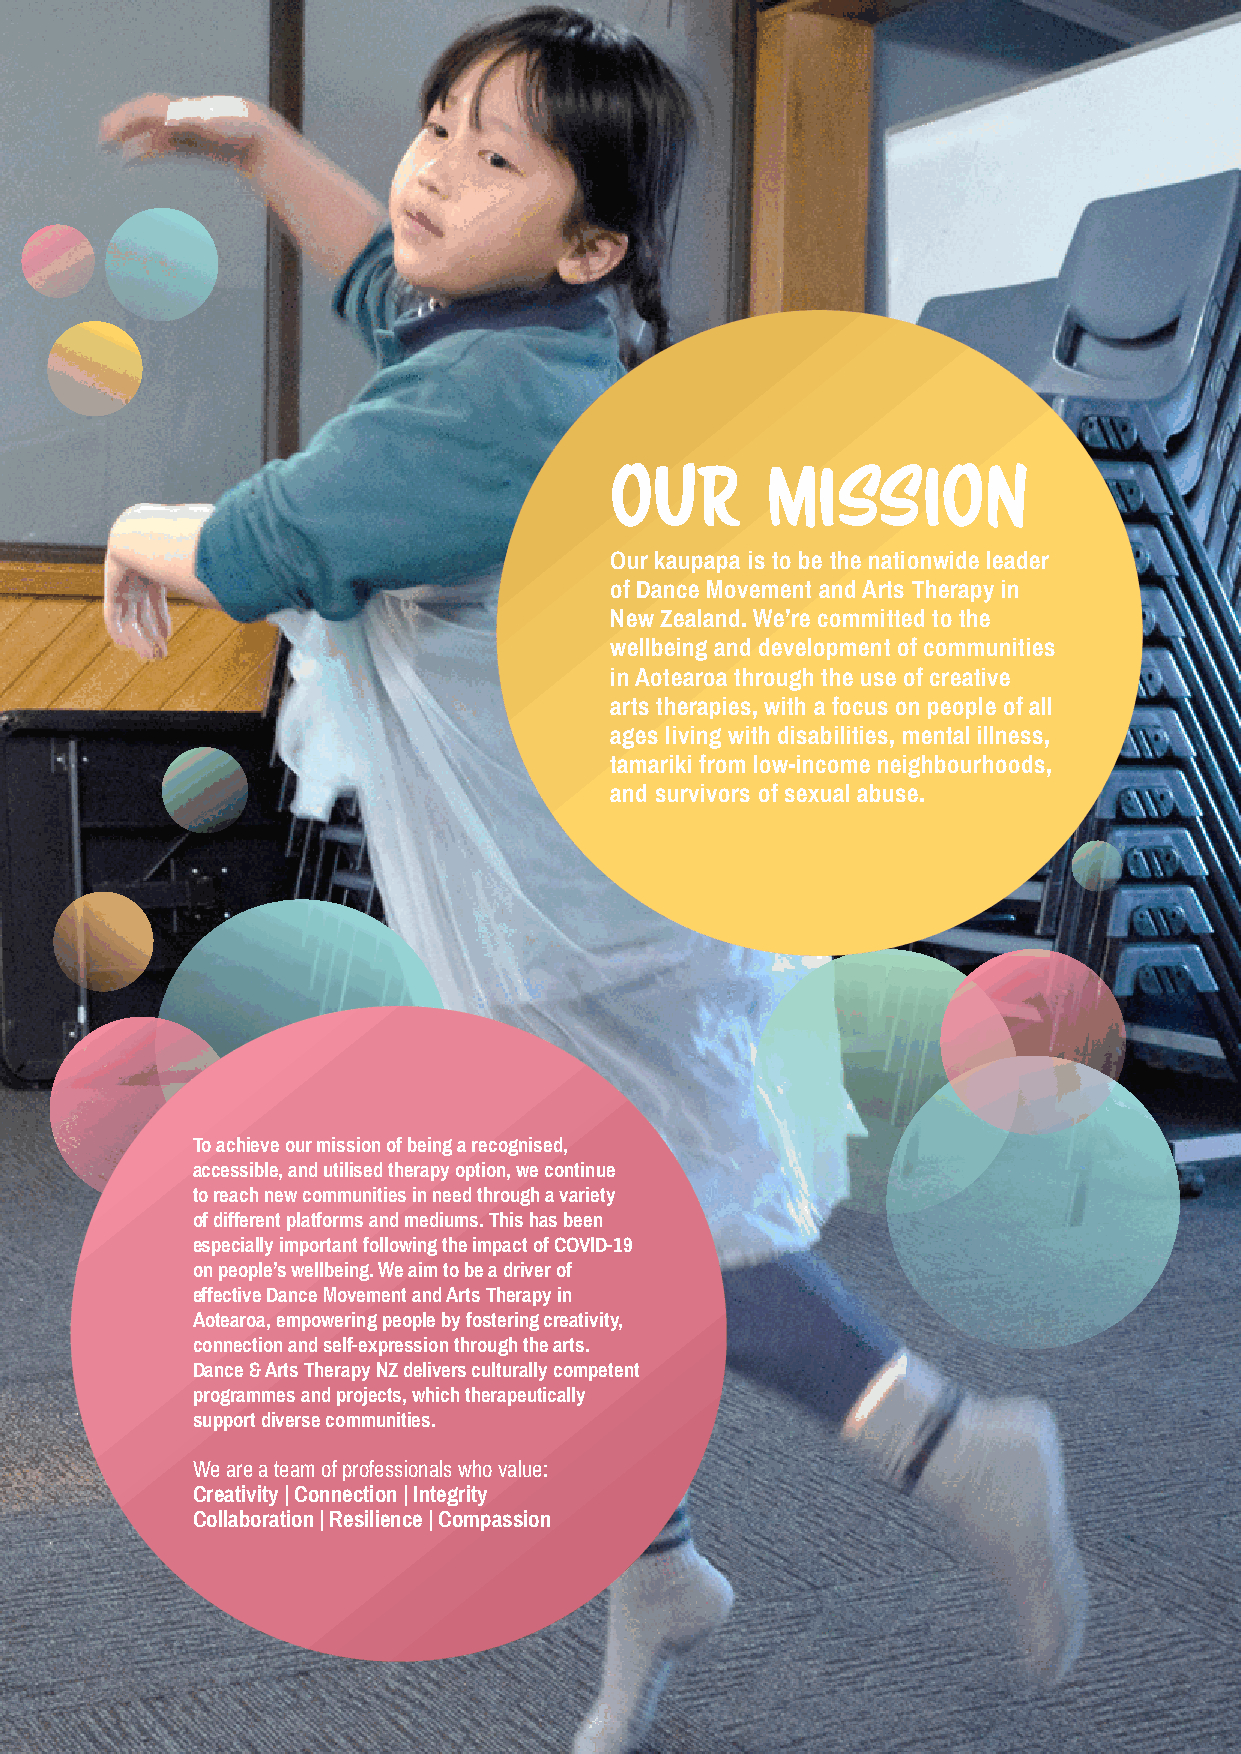
OUR        MISSION
 Our kaupapa is to be the nationwide leader
 of Dance Movement and Arts Therapy in
 New Zealand. We’re committed to the
 wellbeing and development of communities
 in Aotearoa through the use of creative
 arts therapies, with a focus on people of all
 ages living with disabilities, mental illness,
 tamariki from low-income neighbourhoods,
 and survivors of sexual abuse.
 To achieve our mission of being a recognised,
 accessible, and utilised therapy option, we continue
 to reach new communities in need through a variety
 of different platforms and mediums. This has been
 especially important following the impact of COVID-19
 on people’s wellbeing. We aim to be a driver of
 effective Dance Movement and Arts Therapy in
 Aotearoa, empowering people by fostering creativity,
 connection and self-expression through the arts.
 Dance & Arts Therapy NZ delivers culturally competent
 programmes and projects, which therapeutically
 support diverse communities.
 We are a team of professionals who value:
 Creativity | Connection | Integrity
 Collaboration | Resilience | Compassion